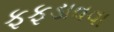
ફફડાવવા